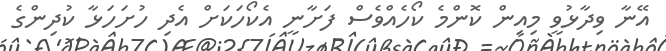
އޭނާ ވިދާޅުވީ މިއިން ކޮންމެ ކޯހެއްވެސް ފަށާނީ އެކޯހަކަށް އެދި ހުށަހަޅާ ކުދިންގެ